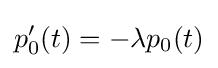
p_{0}^{\prime }(t)=-\lambda p_{0}(t)